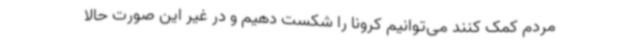
مردم کمک کنند می‌توانیم کرونا را شکست دهیم و در غیر این صورت حالا